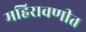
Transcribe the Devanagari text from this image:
महिरावणीत